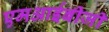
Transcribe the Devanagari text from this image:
एमआईबीजी